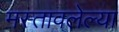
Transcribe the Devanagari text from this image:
मस्तावलेल्या